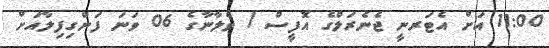
11:00 އަށް އެޓަރނީ ޖެނެރަލްގެ އޮފީސް / ވެލާނާގެ 06 ވަނަ ފަންގިފިލާއަށް